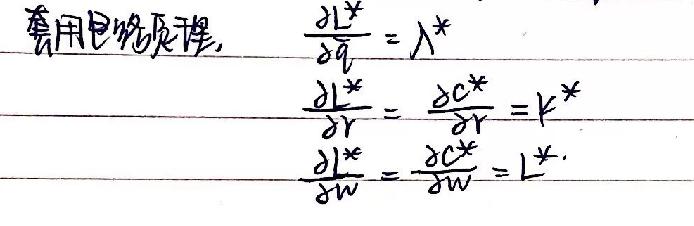
套用包络定理，
\begin{align*}
\frac{\partial L^{*}}{\partial q}&=\lambda^{*}\\
\frac{\partial L^{*}}{\partial r}&=\frac{\partial C^{*}}{\partial r}=k^{*}\\
\frac{\partial L^{*}}{\partial w}&=\frac{\partial C^{*}}{\partial w}=l^{*}
\end{align*}